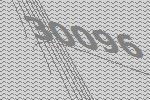
30096